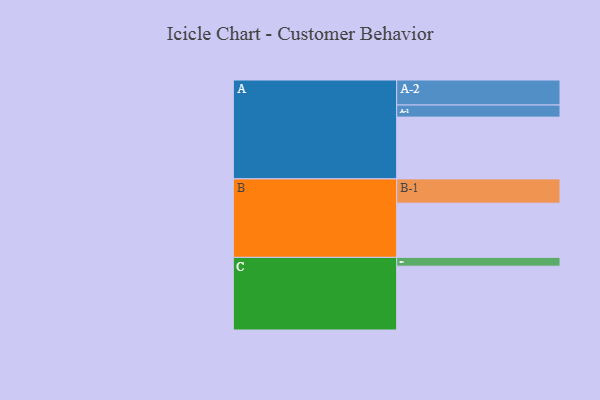
{"axis": {"x": "Segment", "y": "Value"}, "legend": ["", "A", "B", "C"], "data": [{"x": "A", "y": 506, "type": ""}, {"x": "B", "y": 444, "type": ""}, {"x": "C", "y": 523, "type": ""}, {"x": "A-1", "y": 99, "type": "A"}, {"x": "A-2", "y": 205, "type": "A"}, {"x": "B-1", "y": 199, "type": "B"}, {"x": "C-1", "y": 72, "type": "C"}]}